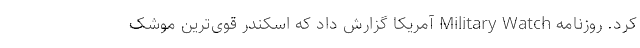
کرد. روزنامه Military Watch آمریکا گزارش داد که اسکندر قوی‌ترین موشک